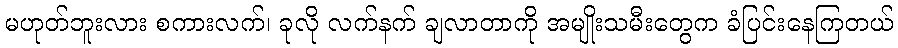
မဟုတ်ဘူးလား စကားလက်၊ ခုလို လက်နက် ချလာတာကို အမျိုးသမီးတွေက ခံပြင်းနေကြတယ်